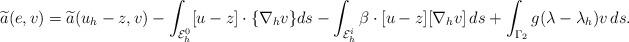
LaTeX: \begin{align*}\widetilde{a}(e, v) &= \widetilde{a}(u_h-z, v) - \int_{{\cal E}_h^0} [u-z]\cdot \{\nabla_h v\} ds - \int_{{\cal E}_h^i} \beta\cdot[u-z] [\nabla_h v]\, ds+ \int_{\Gamma_2} g(\lambda-\lambda_h)v\,ds.\end{align*}